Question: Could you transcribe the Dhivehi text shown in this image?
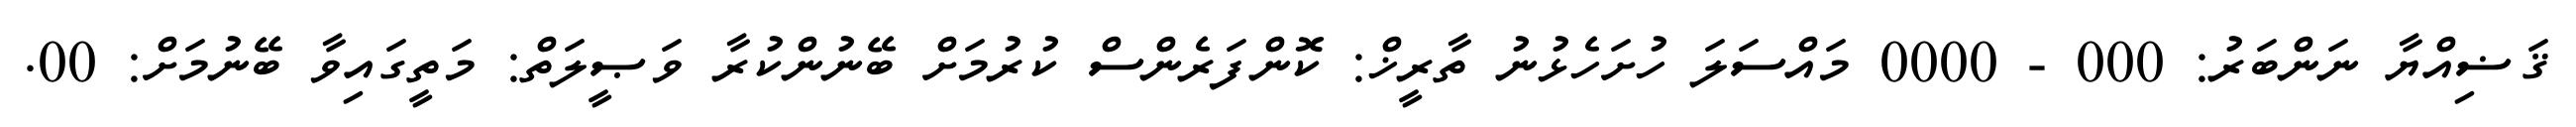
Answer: ޤަޟިއްޔާ ނަންބަރު: 000 - 0000 މައްސަލަ ހުށަހެޅުނު ތާރީޚް: ކޮންފަރެންސް ކުރުމަށް ބޭނުންކުރާ ވަޞީލަތް: މަތީގައިވާ ބޭނުމަށް: 00.